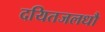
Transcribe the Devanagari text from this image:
दयितजलधौ